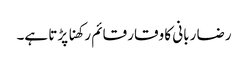
رضا ربانی کا وقار قائم رکھنا پڑتا ہے۔